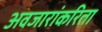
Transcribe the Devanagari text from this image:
अवजारांकरिता